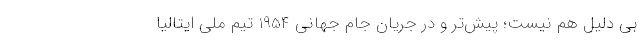
بی دلیل هم نیست؛ پیش‌تر و در جریان جام جهانی 1954 تیم ملی ایتالیا